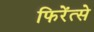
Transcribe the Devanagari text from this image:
फिरेंत्से